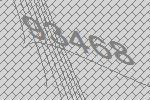
93468